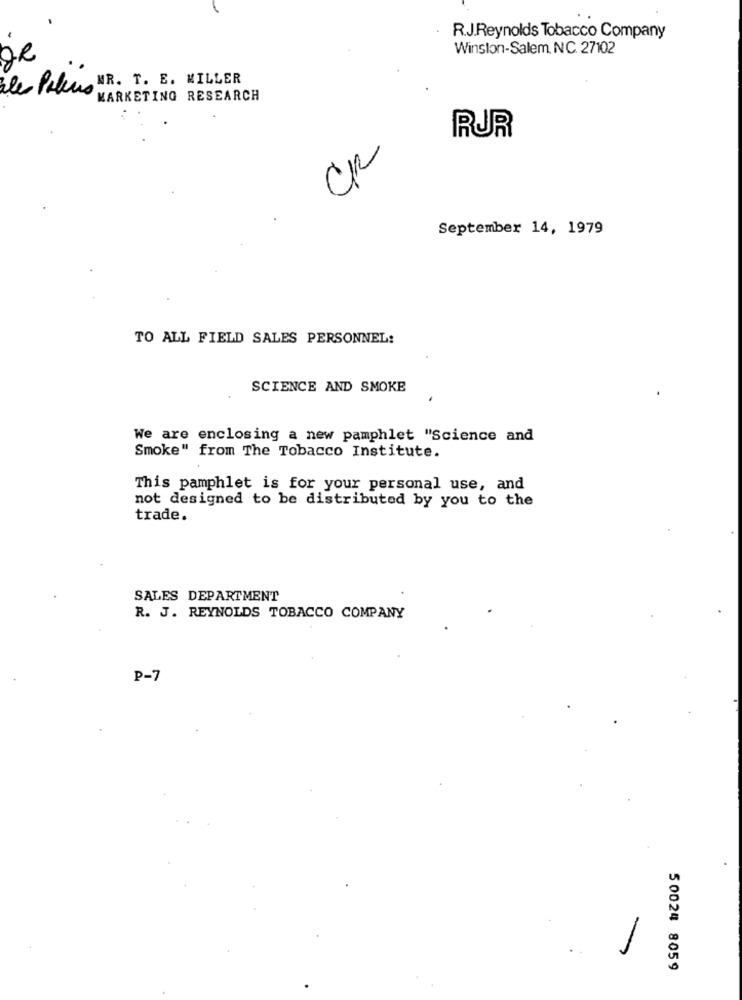
R.J.Reynolds Tobacco Company
Winston-Salem, NC. 27102
ales Palus HR. T. E. MILLER
MARKETING RESEARCH
RUR
CR
September 14, 1979
TO ALL FIELD SALES PERSONNEL:
SCIENCE AND SMOKE
We are enclosing a new pamphlet "Science and
Smoke" from The Tobacco Institute.
This pamphlet is for your personal use, and
not designed to be distributed by you to the
trade.
SALES DEPARTMENT
R. J. REYNOLDS TOBACCO COMPANY
P-7
50024 8059